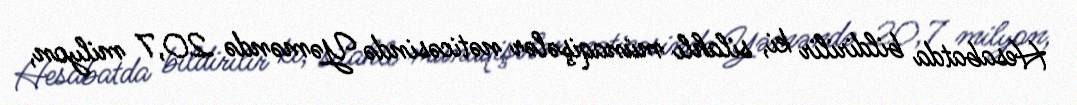
Hesabatda bildirilir ki, silahlı münaqişələr nəticəsində Yəməndə 20,7 milyon,